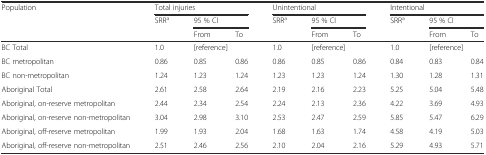
<table><thead><tr><td rowspan="3"><b>Population</b></td><td colspan="3"><b>Total injuries</b></td><td colspan="3"><b>Unintentional</b></td><td colspan="3"><b>Intentional</b></td></tr><tr><td rowspan="2"><b>SRR<sup>a</sup></b></td><td colspan="2"><b>95 % CI</b></td><td rowspan="2"><b>SRR<sup>a</sup></b></td><td colspan="2"><b>95 % CI</b></td><td rowspan="2"><b>SRR<sup>a</sup></b></td><td colspan="2"><b>95 % CI</b></td></tr><tr><td><b>From</b></td><td><b>To</b></td><td><b>From</b></td><td><b>To</b></td><td><b>From</b></td><td><b>To</b></td></tr></thead><tbody><tr><td>BC Total</td><td>1.0</td><td colspan="2">[reference]</td><td>1.0</td><td colspan="2">[reference]</td><td>1.0</td><td colspan="2">[reference]</td></tr><tr><td>BC metropolitan</td><td>0.86</td><td>0.85</td><td>0.86</td><td>0.86</td><td>0.85</td><td>0.86</td><td>0.84</td><td>0.83</td><td>0.84</td></tr><tr><td>BC non-metropolitan</td><td>1.24</td><td>1.23</td><td>1.24</td><td>1.23</td><td>1.23</td><td>1.24</td><td>1.30</td><td>1.28</td><td>1.31</td></tr><tr><td>Aboriginal Total</td><td>2.61</td><td>2.58</td><td>2.64</td><td>2.19</td><td>2.16</td><td>2.23</td><td>5.25</td><td>5.04</td><td>5.48</td></tr><tr><td>Aboriginal, on-reserve metropolitan</td><td>2.44</td><td>2.34</td><td>2.54</td><td>2.24</td><td>2.13</td><td>2.36</td><td>4.22</td><td>3.69</td><td>4.93</td></tr><tr><td>Aboriginal, on-reserve non-metropolitan</td><td>3.04</td><td>2.98</td><td>3.10</td><td>2.53</td><td>2.47</td><td>2.59</td><td>5.85</td><td>5.47</td><td>6.29</td></tr><tr><td>Aboriginal, off-reserve metropolitan</td><td>1.99</td><td>1.93</td><td>2.04</td><td>1.68</td><td>1.63</td><td>1.74</td><td>4.58</td><td>4.19</td><td>5.03</td></tr><tr><td>Aboriginal, off-reserve non-metropolitan</td><td>2.51</td><td>2.46</td><td>2.56</td><td>2.10</td><td>2.04</td><td>2.16</td><td>5.29</td><td>4.93</td><td>5.71</td></tr></tbody></table>